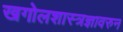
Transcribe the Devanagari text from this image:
खगोलशास्त्रज्ञावरुन